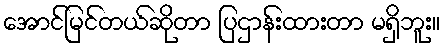
အောင်မြင်တယ်ဆိုတာ ပြဌာန်းထားတာ မရှိဘူး။